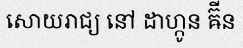
សោយរាជ្យ នៅ ដាហ្កូន ឝ៊ីន